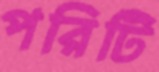
পরিটি